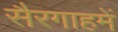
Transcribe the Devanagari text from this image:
सैरगाहमें